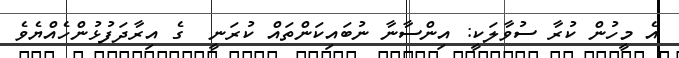
އެ މީހުން ކުރާ ސުވާލަކީ: އިންސާނާ ނުބައިކަންތައް ކުރަނީ  ގެ އިރާދަފުޅުންހެއްޔެވެ